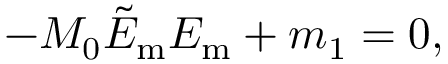
- M _ { 0 } \tilde { E } _ { \mathrm { m } } E _ { \mathrm { m } } + m _ { 1 } = 0 ,